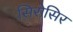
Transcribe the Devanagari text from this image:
सिरोसिर